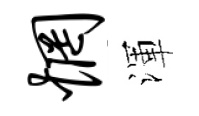
惘渾